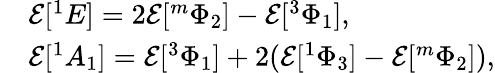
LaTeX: \begin{array}{rl}&{\mathcal{E}[^{1}E]=2\mathcal{E}[^{m}\Phi_{2}]-\mathcal{E}[^{3}\Phi_{1}],}\\ &{\mathcal{E}[^{1}A_{1}]=\mathcal{E}[^{3}\Phi_{1}]+2(\mathcal{E}[^{1}\Phi_{3}]-\mathcal{E}[^{m}\Phi_{2}]),}\end{array}